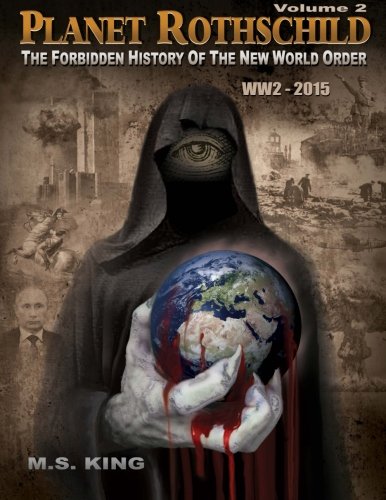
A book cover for Planet Rothschild: The Forbidden History of the New World Order (WW2 - 2015) (Volume 2); M S King; History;